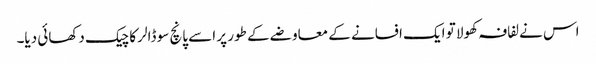
اس نے لفافہ کھولا تو ایک افسانے کے معاوضے کے طور پر اسے پانچ سو ڈالر کا چیک دکھائی دیا۔